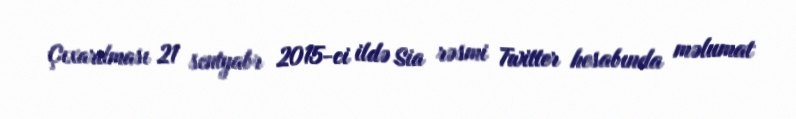
Çıxarılması 21 sentyabr 2015-ci ildə Sia rəsmi Twitter hesabında məlumat